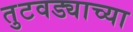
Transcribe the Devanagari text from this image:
तुटवड्याच्या